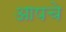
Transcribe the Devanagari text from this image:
आपचे